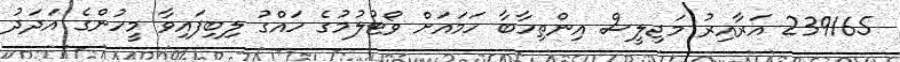
239165 އަރާއިރު މަޖިލީސް އިންތިހާބާ ހަމައަށް ވޯޓުލުމުގެ ހައްގު ލިބިފައިވާ މީހުންގެ އަދަދު